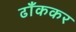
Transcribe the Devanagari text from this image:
ढाँककर